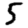
Digit: 5